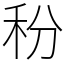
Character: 秎